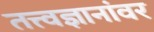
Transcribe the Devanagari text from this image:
तत्त्वज्ञानांवर